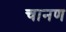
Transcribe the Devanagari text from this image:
चानण